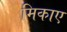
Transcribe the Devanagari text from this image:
मिकाए